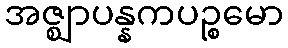
အဇ္ဈာပန္နကပဉ္စမော